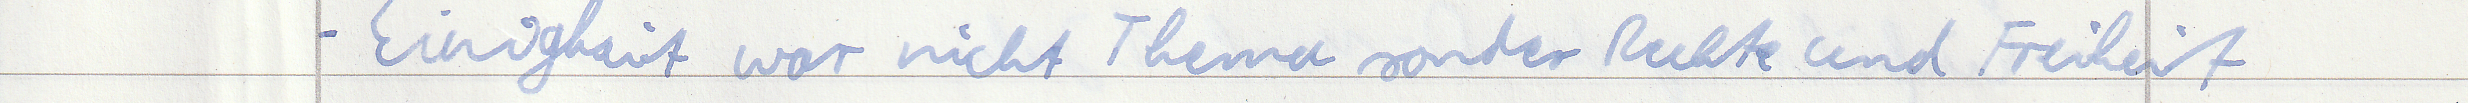
- Einigkeit war nicht Thema sonder Rechte und Freiheit